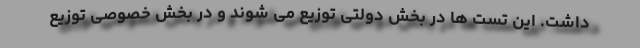
داشت. این تست ها در بخش دولتی توزیع می شوند و در بخش خصوصی توزیع